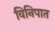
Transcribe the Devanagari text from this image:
विनिपात